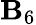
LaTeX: \mathbf{B}_{6}